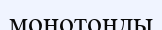
монотонды